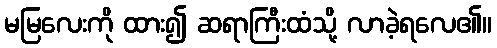
မမြလေးကို ထား၍ ဆရာကြီးထံသို့ လာခဲ့ရလေ၏။